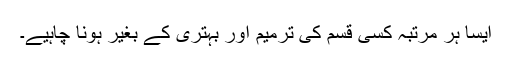
ایسا ہر مرتبہ کسی قسم کی ترمیم اور بہتری کے بغیر ہونا چاہیے۔